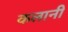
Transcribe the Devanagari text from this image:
कलानी